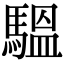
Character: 𩥈